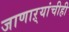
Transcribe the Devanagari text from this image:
जाणाऱ्यांचीही